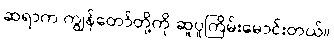
ဆရာက ကျွန်တော်တို့ကို ဆူပူကြိမ်းမောင်းတယ်။